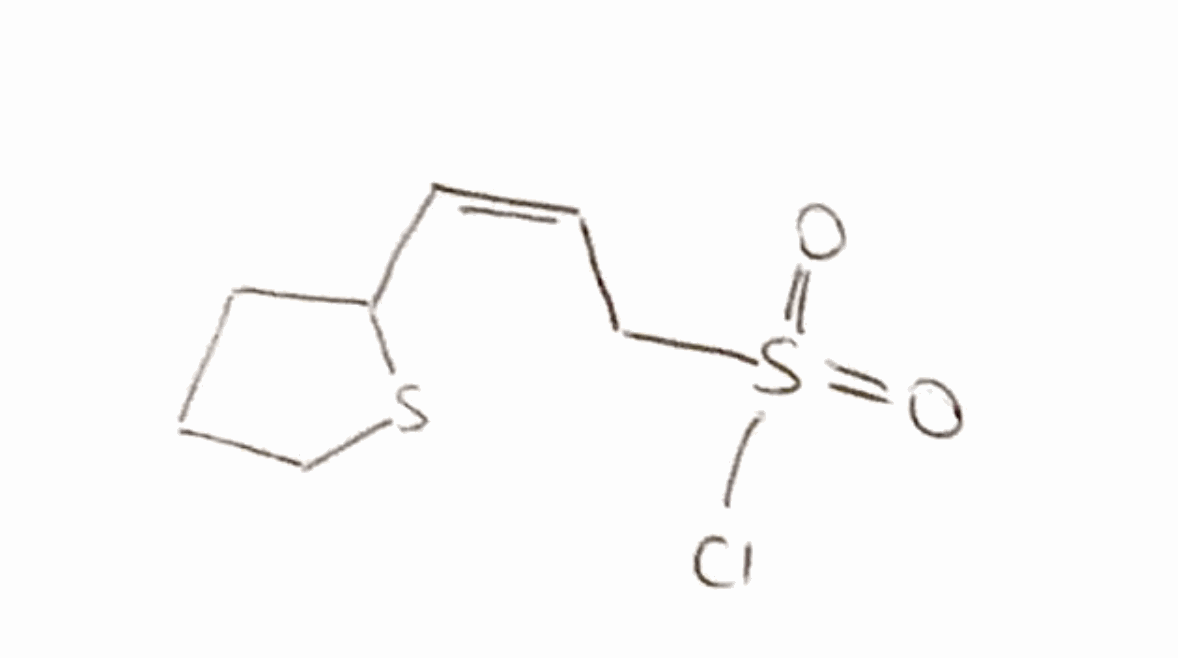
Simplified molecular-input line-entry system (SMILES) notation of the given molecule:
C1CC(SC1)/C=C\CS(=O)(=O)Cl